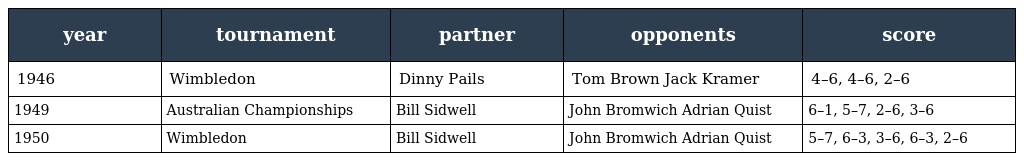
| year | tournament | partner | opponents | score |
 | --- | --- | --- | --- | --- |
 | 1946 | Wimbledon | Dinny Pails | Tom Brown Jack Kramer | 4–6, 4–6, 2–6 |
 | 1949 | Australian Championships | Bill Sidwell | John Bromwich Adrian Quist | 6–1, 5–7, 2–6, 3–6 |
 | 1950 | Wimbledon | Bill Sidwell | John Bromwich Adrian Quist | 5–7, 6–3, 3–6, 6–3, 2–6 |